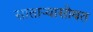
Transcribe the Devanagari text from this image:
सातार्‍यासोबत